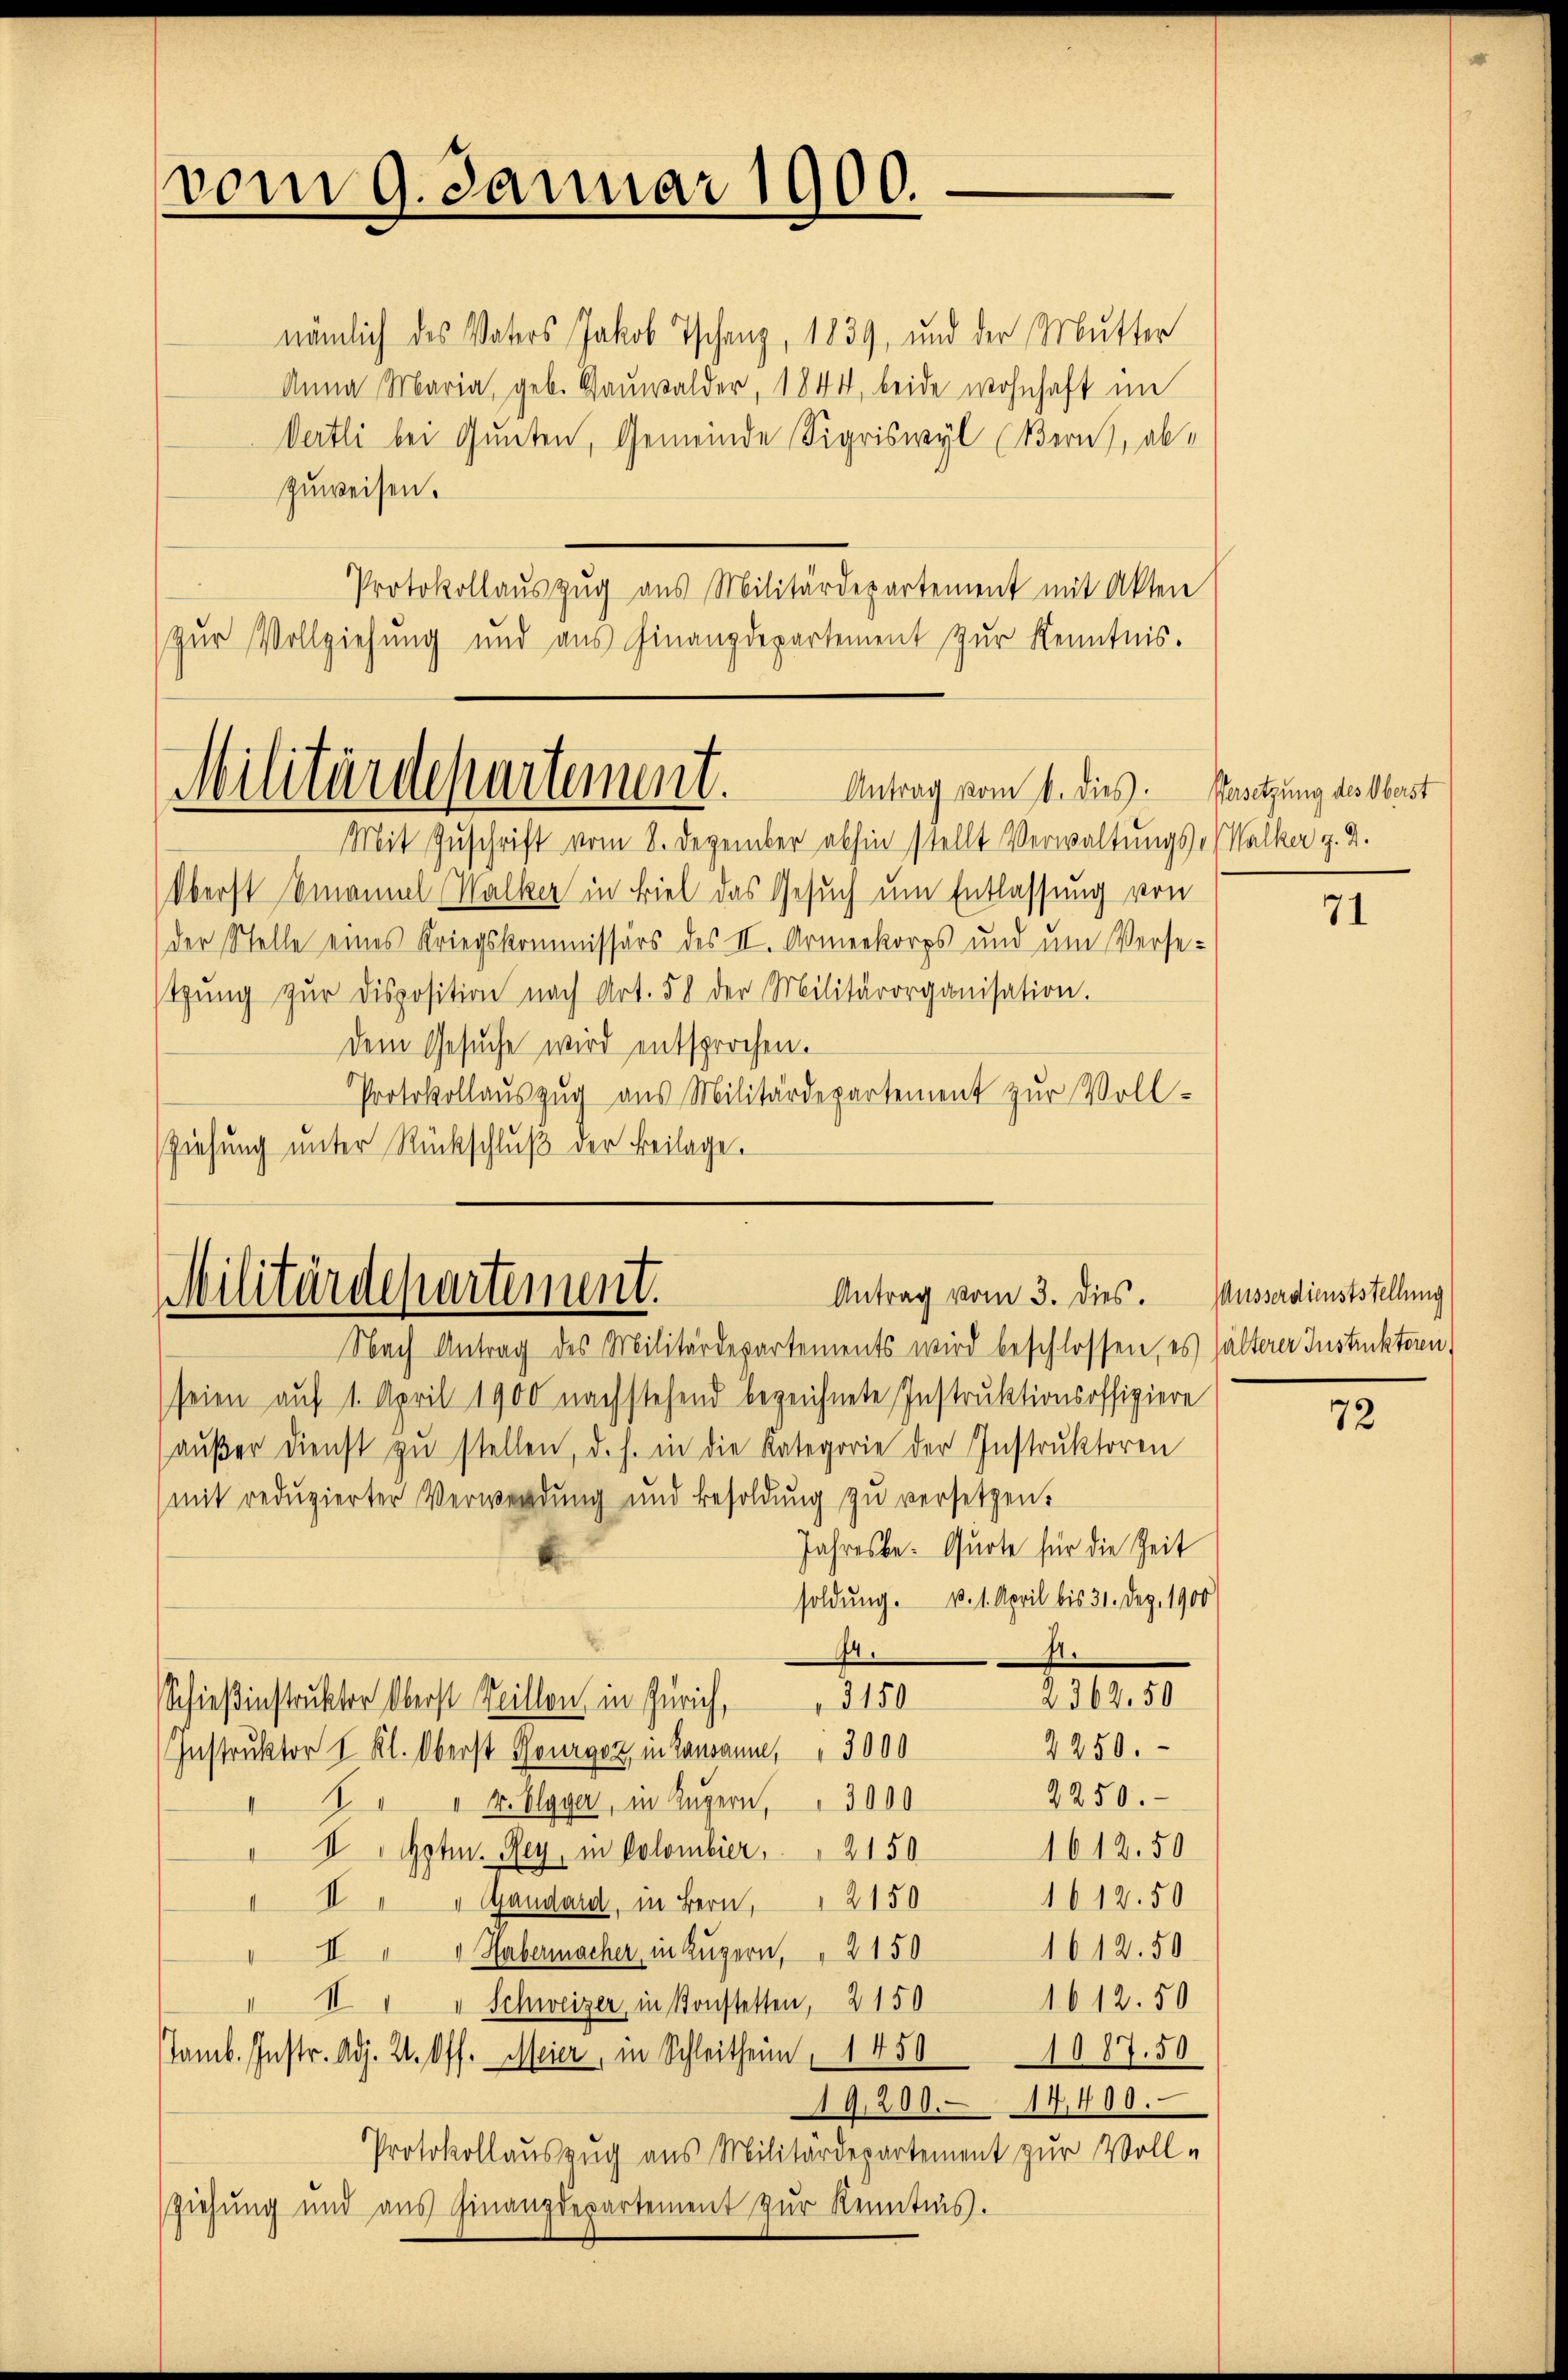
vom 9. Januar 1900.

nämlich des Vaters Jakob Tschanz, 1839, und der Mutter
Anna Maria, geb. Baŭwalder, 1844, beide wohnhaft im
Oertli bei Gunten, Gemeinde Sigriswyl (Bern, abzuweisen.
Protokollauszug aus Militärdepartement mit Akten
zur Vollziehung und aus Finanzdepartement zur Kenntnis.

Militärdepartement.
Antrag vom 6. dies

Mit Zuschrift vom 8. Dezember abhin stellt Verwaltungs- (Walker p. 2.
Oberst Emanuel Walker in Biel das Gesuch um Entlassung von
der Stelle eines Kriegskommissärs des II. Armeekorps und um Versestzŭng zŭr disposition nach Art. 58 der Militärorganisation.
dem Gesuche wird entsprochen.
Protokollauszug aus Militärdepartement zur Voll-
sziehung unter Rückschluß der Beilage.

Militärdepartement.
Antrag vom 3. Dies. Ausserdienststellung
Nach Antrag des Militärdepartements wird beschlossen, es hälterer Insticktern,

Versetzung des Oberst

seien auf 1. April 1900 nachstehend bezeichnete Instruktionsoffiziere
außer dienst zu stellen, d. h. in die Kategorie der Instruktoren
(mit reduzierter Verwendung und Besoldung zu versetzen.
Jahresbe- Quote für die Zeit
soldung. v. 1. April bis 31. Dez. 1900
A.
74.
2362. 50
3150
Schießinstruktor Oberst Teillon in Zürich,
2250.
Instruktor I. Kl. Oberst Bourgoz, in Lausanne, 3000
2250.
1 " " 4. Elgger, in Luzern, " 3000
1612,50
IIGote. Rey, in Colombier, " 2150
1612.50
 I " " Gaudard, in Bern, 2150
1612.50.
II " " Habermacher, in Luzern, " 2150
1012.50
" I " " Schweizer in Konstetten, 2150
amb. Instr. Adj. 2. Off. Meier, in Schleitheim, 1450 1087. 50
19,200. 14,400.
Protokollauszug aus Militärdepartement zur Voll-
ziehung und aus Finanzdepartement zur Kenntnis.

71

72